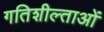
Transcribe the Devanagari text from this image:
गतिशील्ताओं